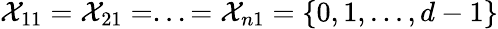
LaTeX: \mathcal{X}_{11}=\mathcal{X}_{21}=...=\mathcal{X}_{n1}=\{ 0,1,...,d-1\}